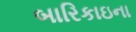
બારિકાઇના